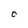
Character: C